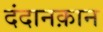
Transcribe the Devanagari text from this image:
दंदानक़ान